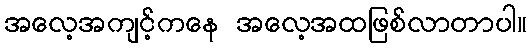
အလေ့အကျင့်ကနေ အလေ့အထဖြစ်လာတာပါ။